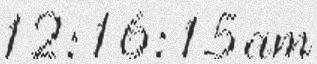
12:16:15 am